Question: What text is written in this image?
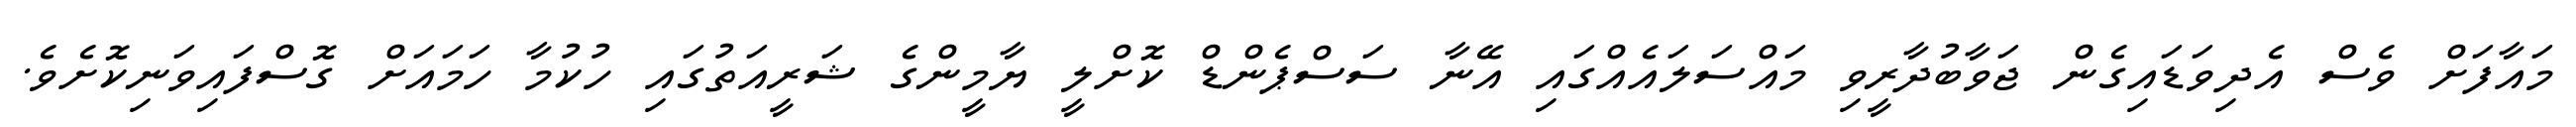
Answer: މައާފަށް ވެސް އެދިވަޑައިގެން ޖަވާބުދާރީވި މައްސަލައެއްގައި އޭނާ ސަސްޕެންޑް ކޮށްލީ ޔާމީންގެ ޝަރީއަތުގައި ހުކުމާ ހަމައަށް ގޮސްފައިވަނިކޮށެވެ.